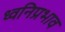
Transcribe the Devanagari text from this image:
ध्वनिप्रभाव